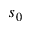
s _ { 0 }